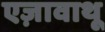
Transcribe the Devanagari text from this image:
एज़ावाथू